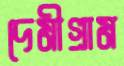
দেমীগ্রাম